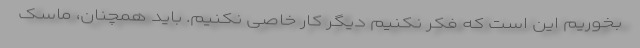
بخوریم این است که فکر نکنیم دیگر کار خاصی نکنیم. باید همچنان، ماسک